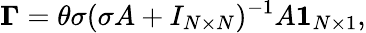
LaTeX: \boldsymbol{\Gamma}=\theta\sigma(\sigma A+I_{N\times N})^{-1}A\boldsymbol{1}_{N\times 1},